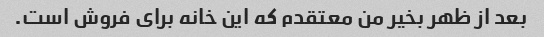
بعد از ظهر بخیر من معتقدم که این خانه برای فروش است.